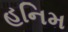
હનિમ